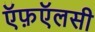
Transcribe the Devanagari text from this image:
ऍफ़ऍलसी